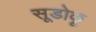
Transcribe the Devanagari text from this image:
सूडोकू